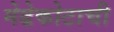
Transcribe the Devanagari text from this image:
मेढेकोटाची